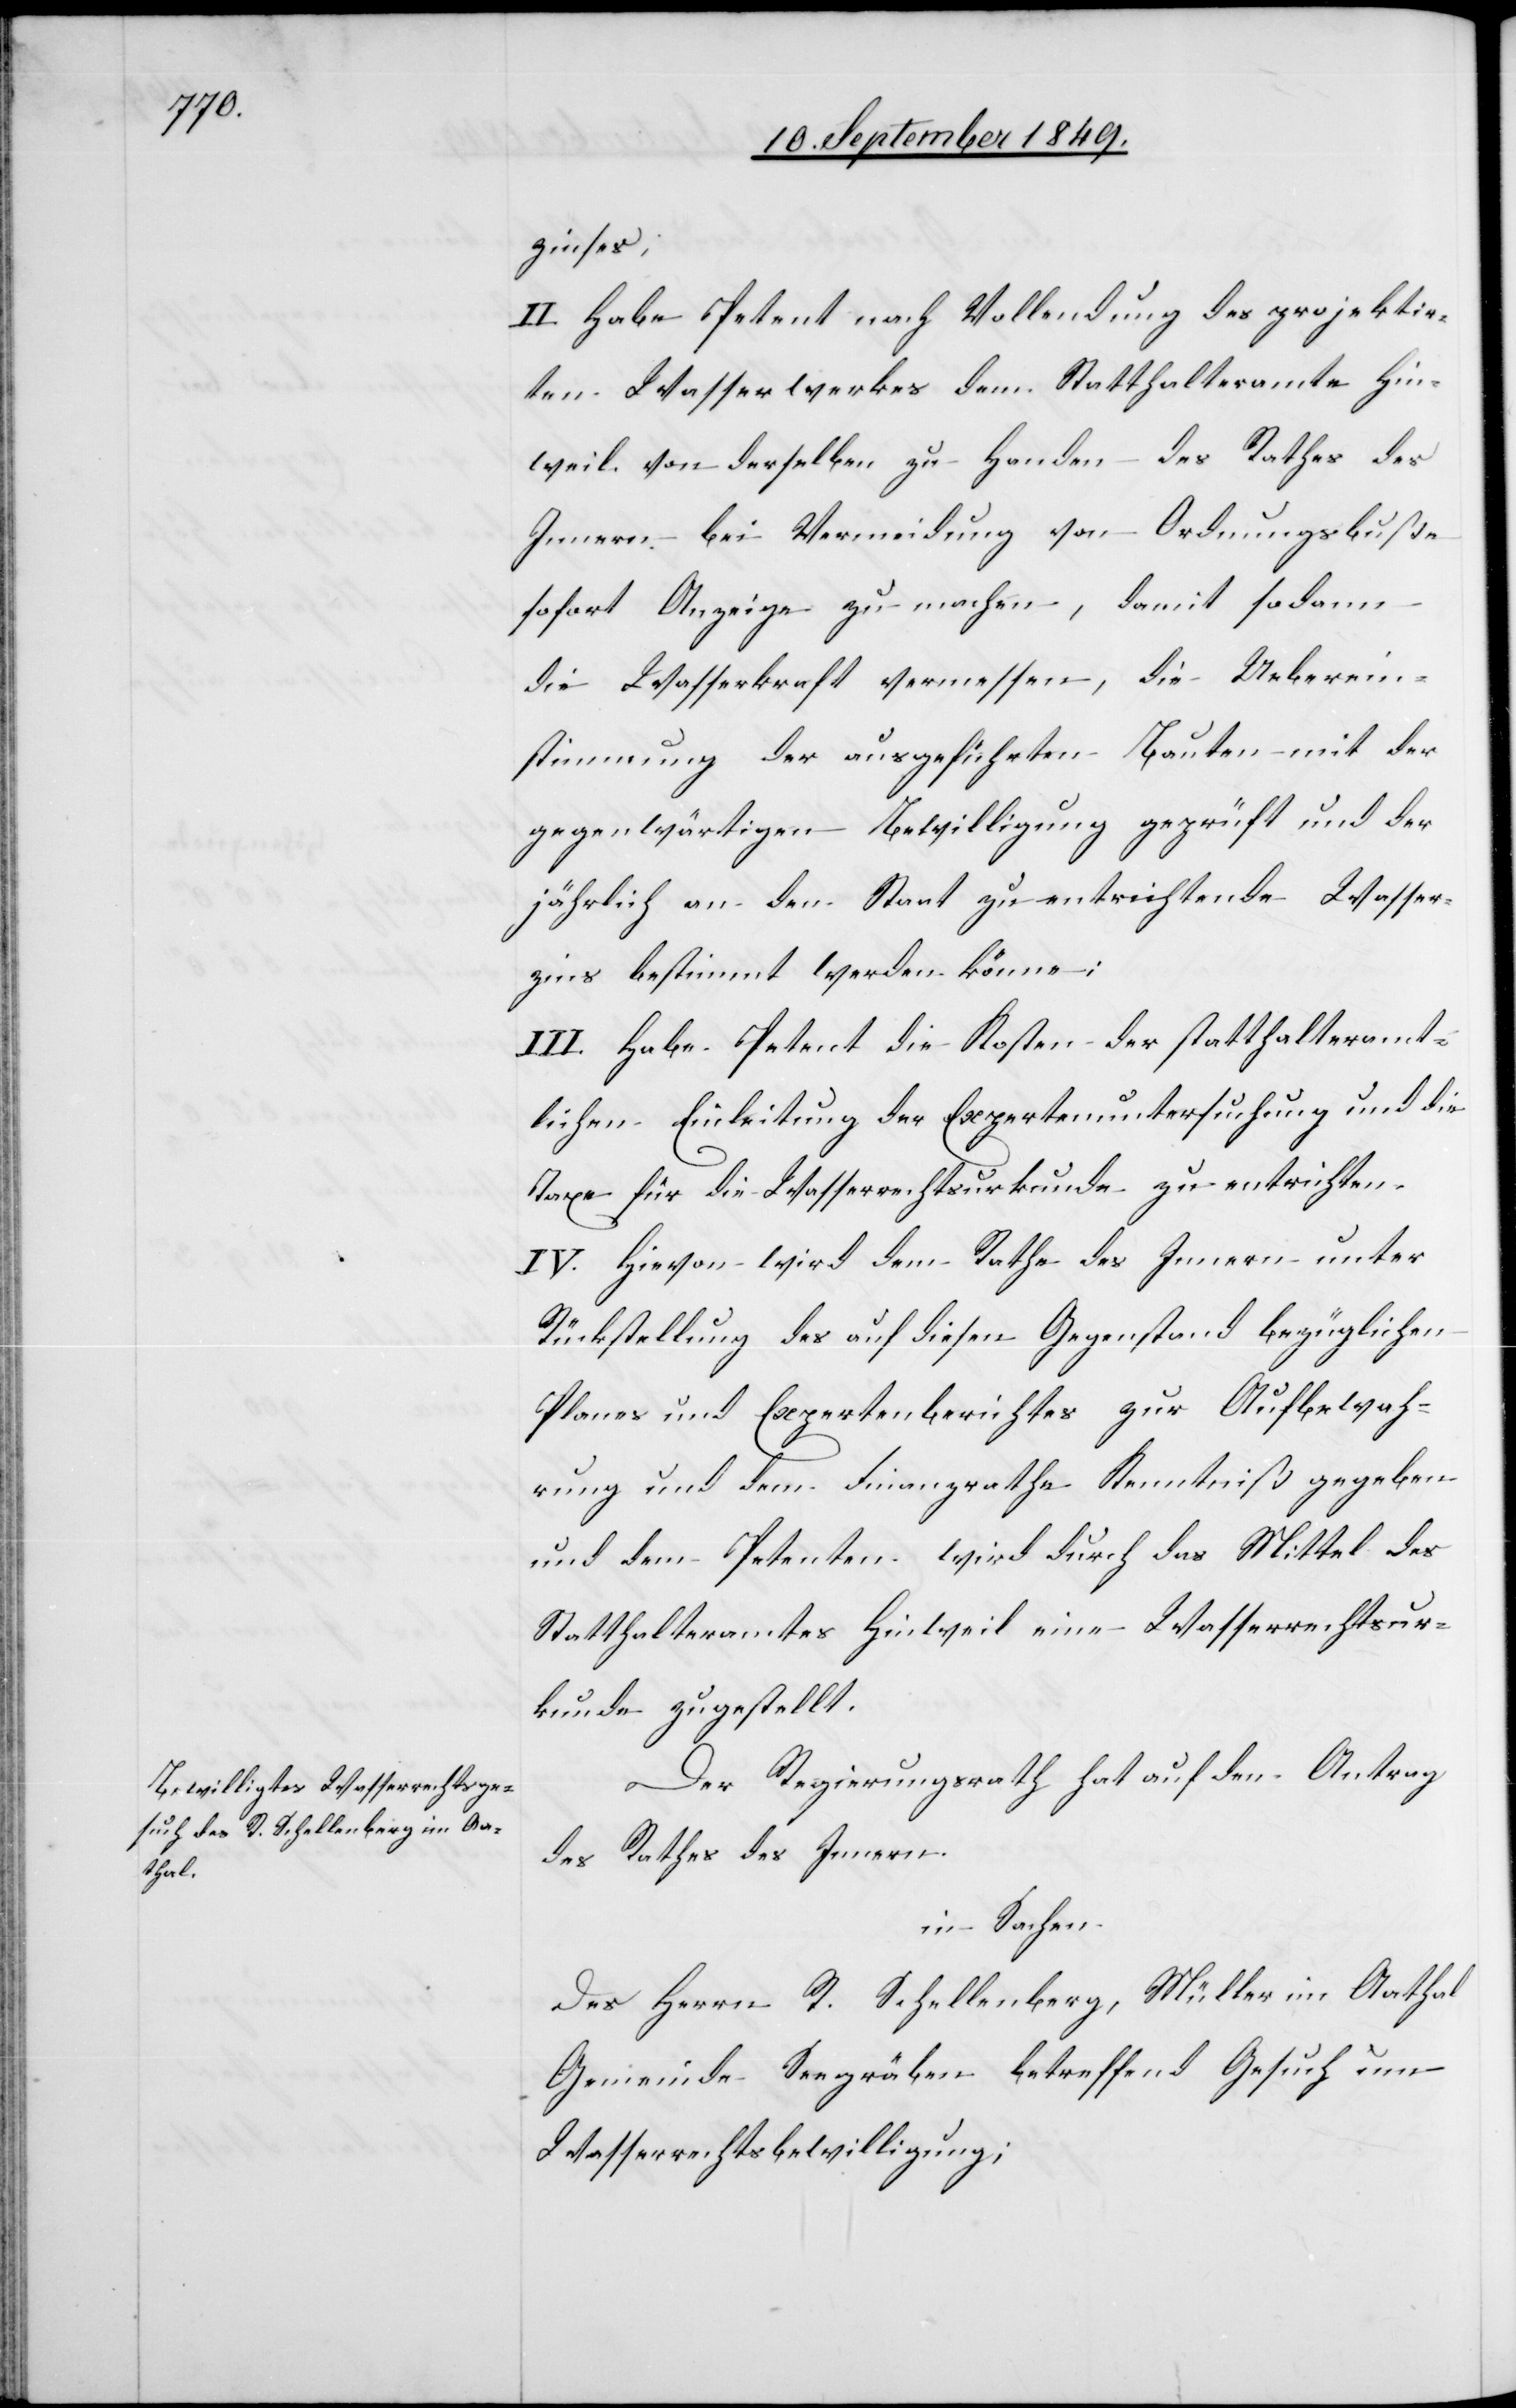
zinses;
II. Habe Petent nach Vollendung des projektir¬
ten Wasserwerkes dem Statthalteramte Hin¬
weil von derselben zu Handen des Rathes des
Innern bei Vermeidung von Ordnungsbuße
sofort Anzeige zu machen, damit sodann
die Wasserkraft vermessen, die Ueberein¬
stimmung der ausgeführten Bauten mit der
gegenwärtigen Bewilligung geprüft und der
jährlich an den Staat zu entrichtende Wasser¬
zins bestimmt werden könne;
III. Habe Petent die Kosten der statthalteramt¬
lichen Einleitung der Expertenuntersuchung und die
Taxe für die Wasserrechtsurkunde zu entrichten.
IV. Hievon wird dem Rathe des Innern unter
Rückstellung des auf diesen Gegenstand bezüglichen
Planes und Expertenberichtes zur Aufbewah¬
rung und dem Finanzrathe Kenntniß gegeben
und dem Petenten wird durch das Mittel des
Statthalteramtes Hinweil eine Wasserrechtsur¬
kunde zugestellt.
Der Regierungsrath hat auf den Antrag
des Rathes des Innern
in Sachen
des Herrn R. Schellenberg, Müller im Aathal
Gemeinde Seegräben betreffend Gesuch um
Wasserrechtsbewilligung;